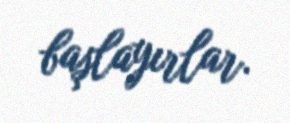
başlayırlar.